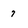
Character: 7